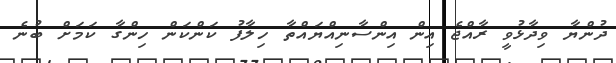
ދުންޔާ ވިދާޅުވީ ރާއްޖެ އިން އިންސާނިއްޔައްތާ ހިލާފު ކަންކަން ހިންގާ ކަމަށް ބުނެ